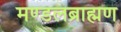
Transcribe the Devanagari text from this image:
मण्डलब्राह्मण